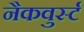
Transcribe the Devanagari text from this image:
नैकवुर्स्ट